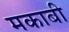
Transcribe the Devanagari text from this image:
मकाबी